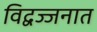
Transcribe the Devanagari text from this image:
विद्वज्जनात